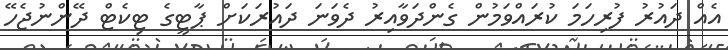
އެއް ދައުރު ފުރިހަމަ ކުރައްވަމުން ގެންދަވާއިރު ދެވަނަ ދައުރަކަށް ޕާޓީގެ ޓިކެޓް ދޭންނުޖެހޭ